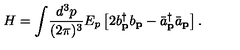
H = \int \! \frac { d ^ { 3 } p } { ( 2 \pi ) ^ { 3 } } E _ { p } \left[ 2 b _ { \bf p } ^ { \dag } b _ { \bf p } - { \bar { a } } _ { \bf p } ^ { \dag } { \bar { a } } _ { \bf p } \right] .